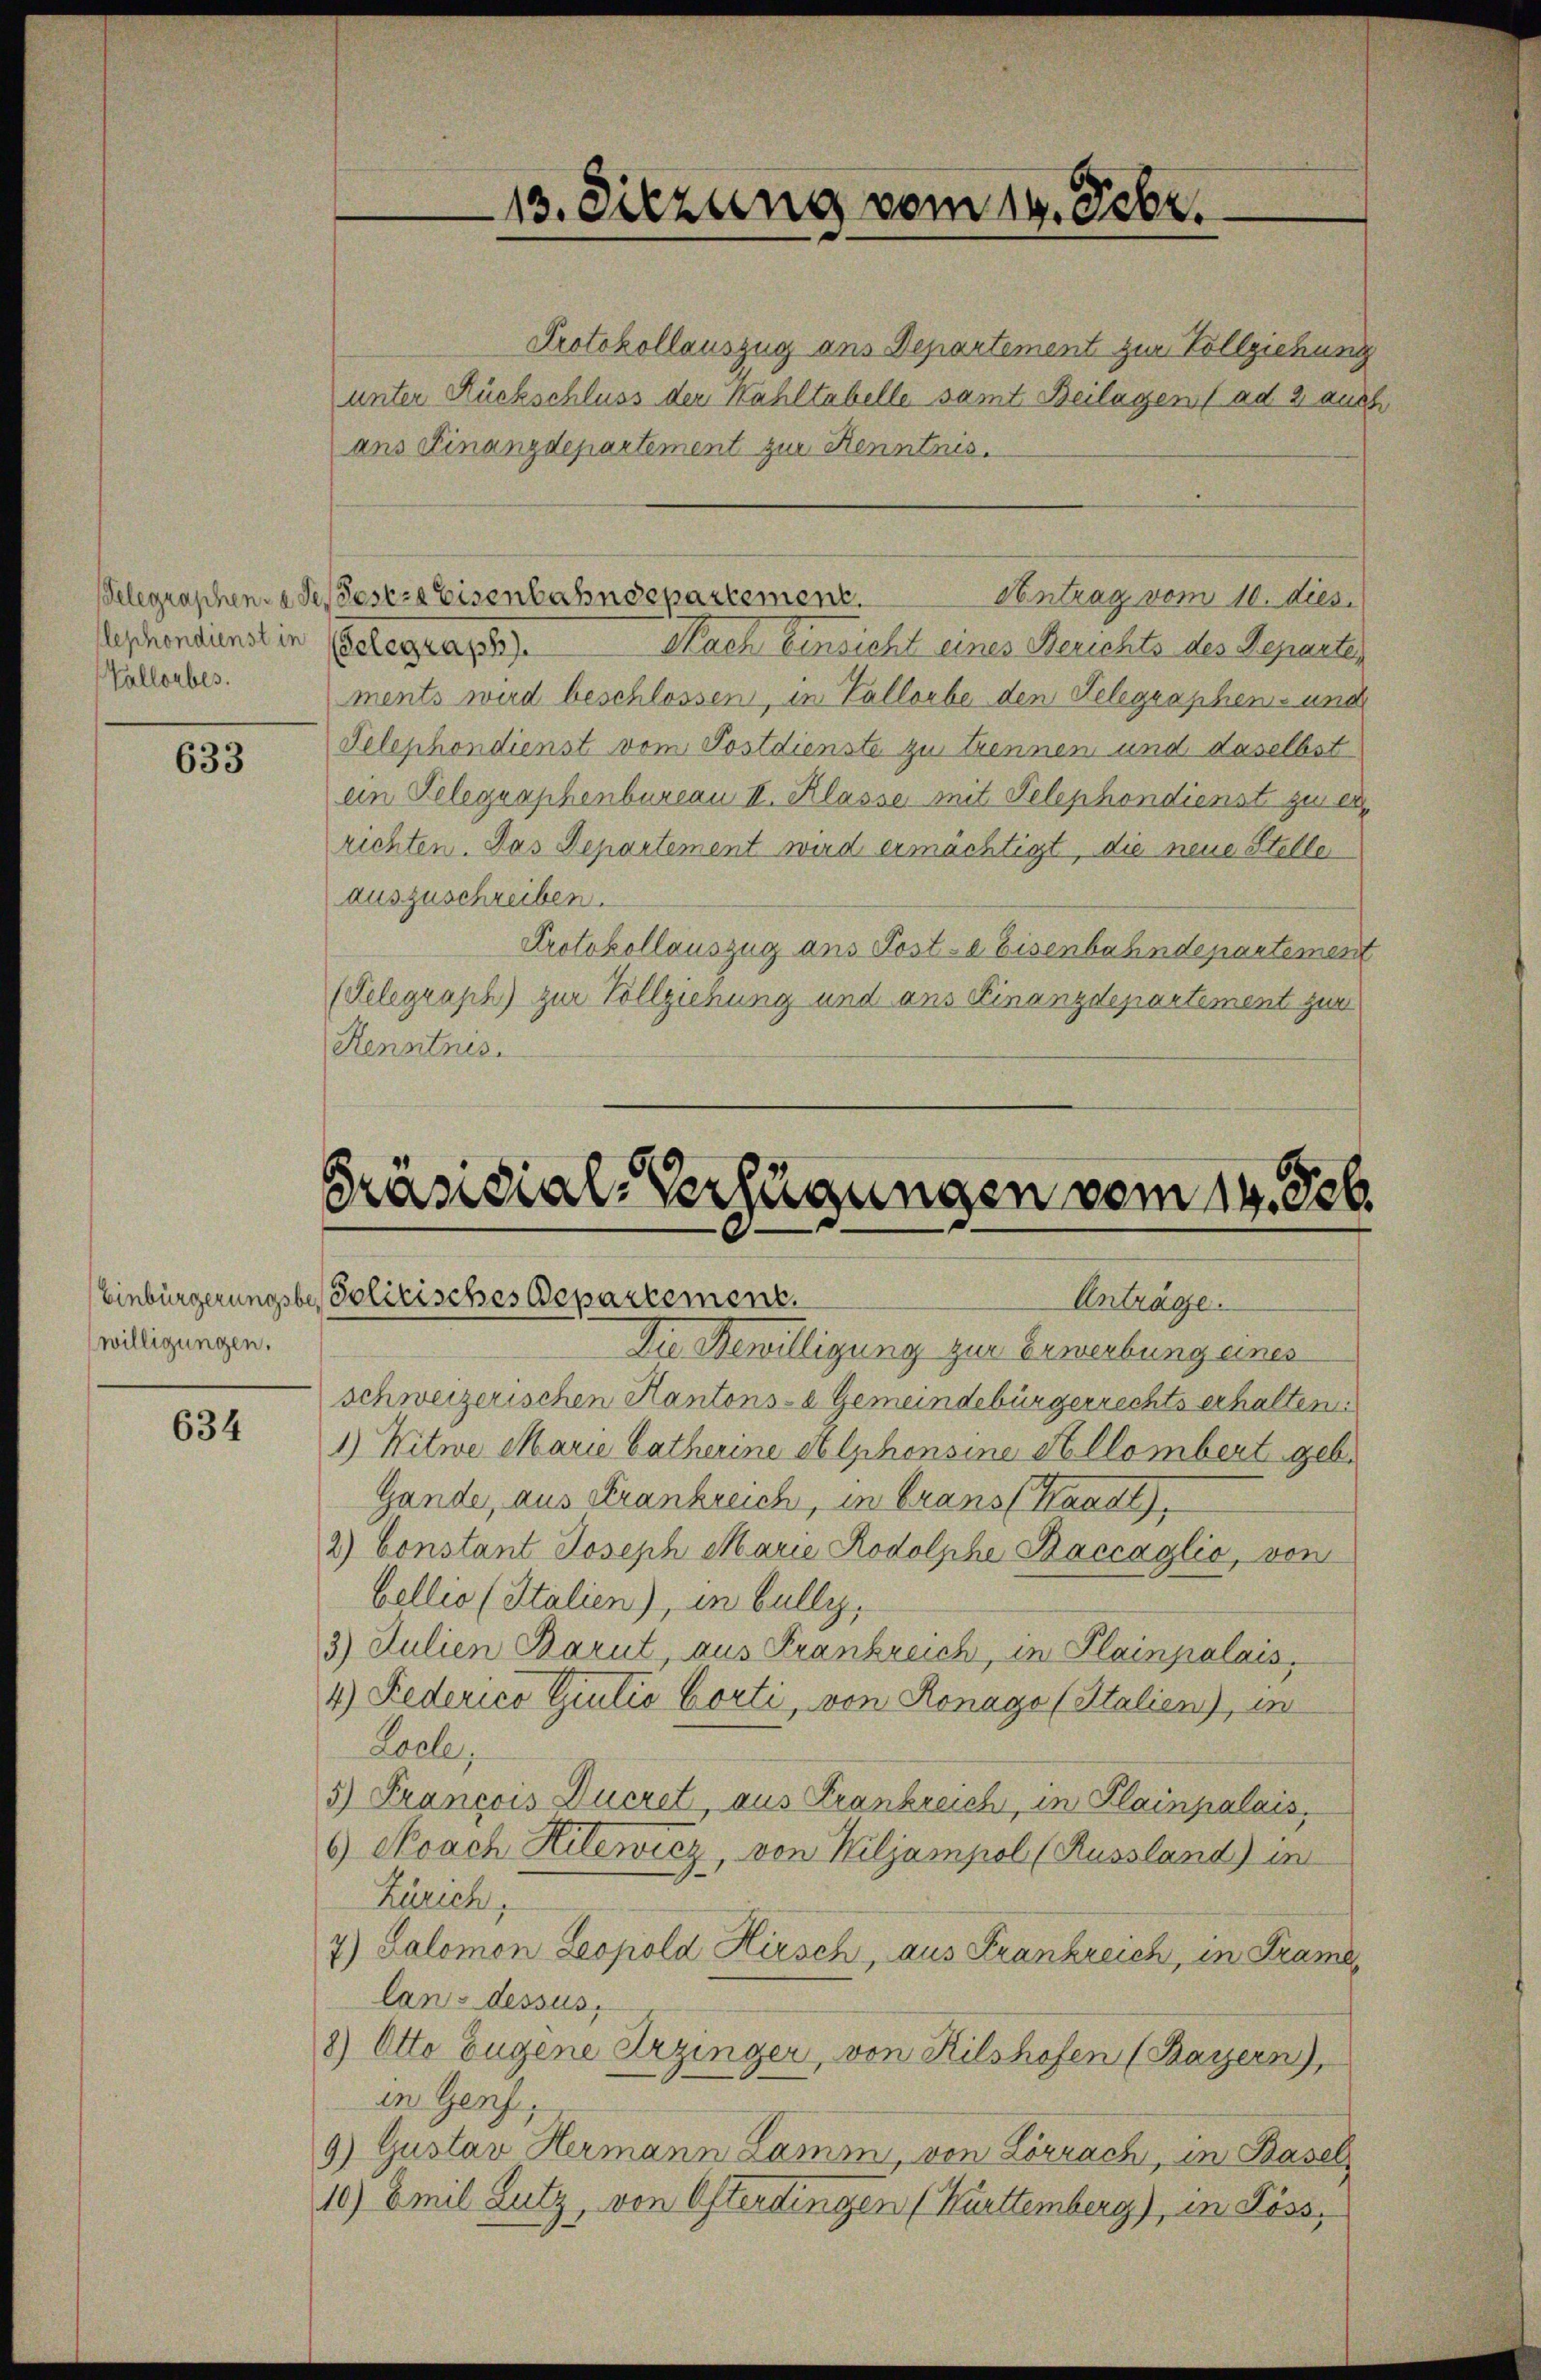
Telegraphen- u. de
flephondienst in
Vallorbes.

633

willigungen.

634

13. Sitzung vom 14. Febr.

Protokollauszug ans Departement zur Vollziehung
unter Rückschluss der Kahltabelle samt Beilagen ( ad 2 aus
ans Finanzdepartement zur Kenntnis.
Nach Einsicht eines Berichts des Departen
Gelegraph).
ments wird beschlossen, in Vallorbe den Telegraphens und
Telephondienst vom Postdienste zu trennen und daselbst
ein Gelegraphenbureau II. Klasse mit Telephondienst zu er
richten. Das Departement wird ermächtigt, die neue Steller
auszuschreiben.
Protokollauszug aus Post-a Eisenbahndepartement
(Telegraph) zur Vollziehung und aus Finanzdepartement zur
Kenntnis.

Antrag vom 10. dies.
eser Eisenbahndepartement.

Präsidial-Verfügungen vom 14. Job.
Einbürgerungsbes Politisches Departement.
Anträge.

Die Bewilligung zur Erwerbung eines
schweizerischen Kantons- & Gemeindebürgerrechts erhalten
1) Witwe Marie batherine et lphonsine Allombert geb.
Gande, aus Strankreich, in Grans Waadt,
2) Constant Joseph Marie Rodolphe Baccaglio, von
bellis (Italien), in bully,
3) Julien Barut, aus Frankreich, in Plainpalais,
4) Federico Giulio Corti, von Ronago (Italien), in
Lacle,
5) Francois Duczet, aus Frankreich, in Plainpalais,
6 Noach Hilewicz, von Kiljampol (Russland) im
Zürich,
7) Salomon Leopold Hirsch, aus Frankreich, in Krame
landessus,
8) Otto Eugene Erzinger, von Kilshofen (Bayern),
in Genf,
9) Gustav Hermann Lamin, von Lörrach, in Basel
10) Emil Lutz, von Osterdingen (Kürttemberg), in Pöss¬